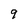
Character: 9